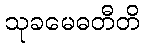
သုခမေဓတီတိ